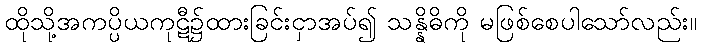
ထိုသို့အကပ္ပိယကုဋီ၌ထားခြင်းငှာအပ်၍ သန္နိဓိကို မဖြစ်စေပါသော်လည်း။